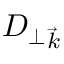
{ D _ { \perp } } _ { \vec { k } }